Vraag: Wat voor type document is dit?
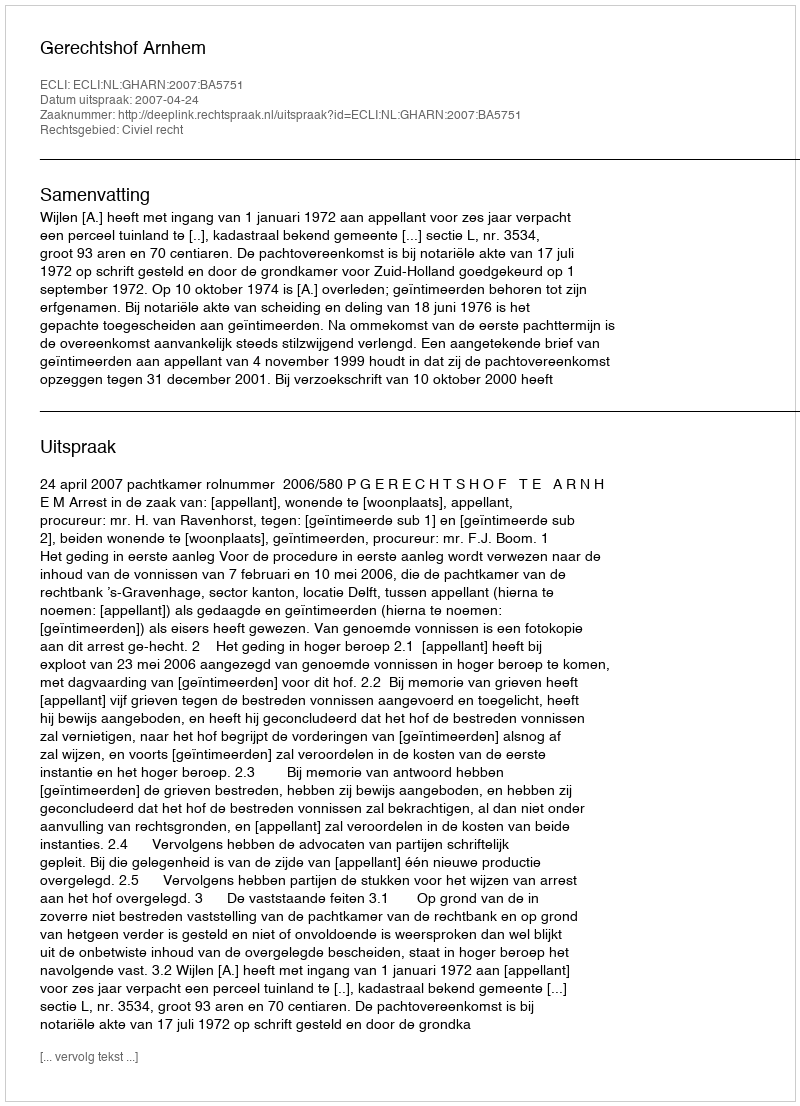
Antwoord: Uitspraak